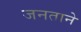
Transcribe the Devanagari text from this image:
जनताने